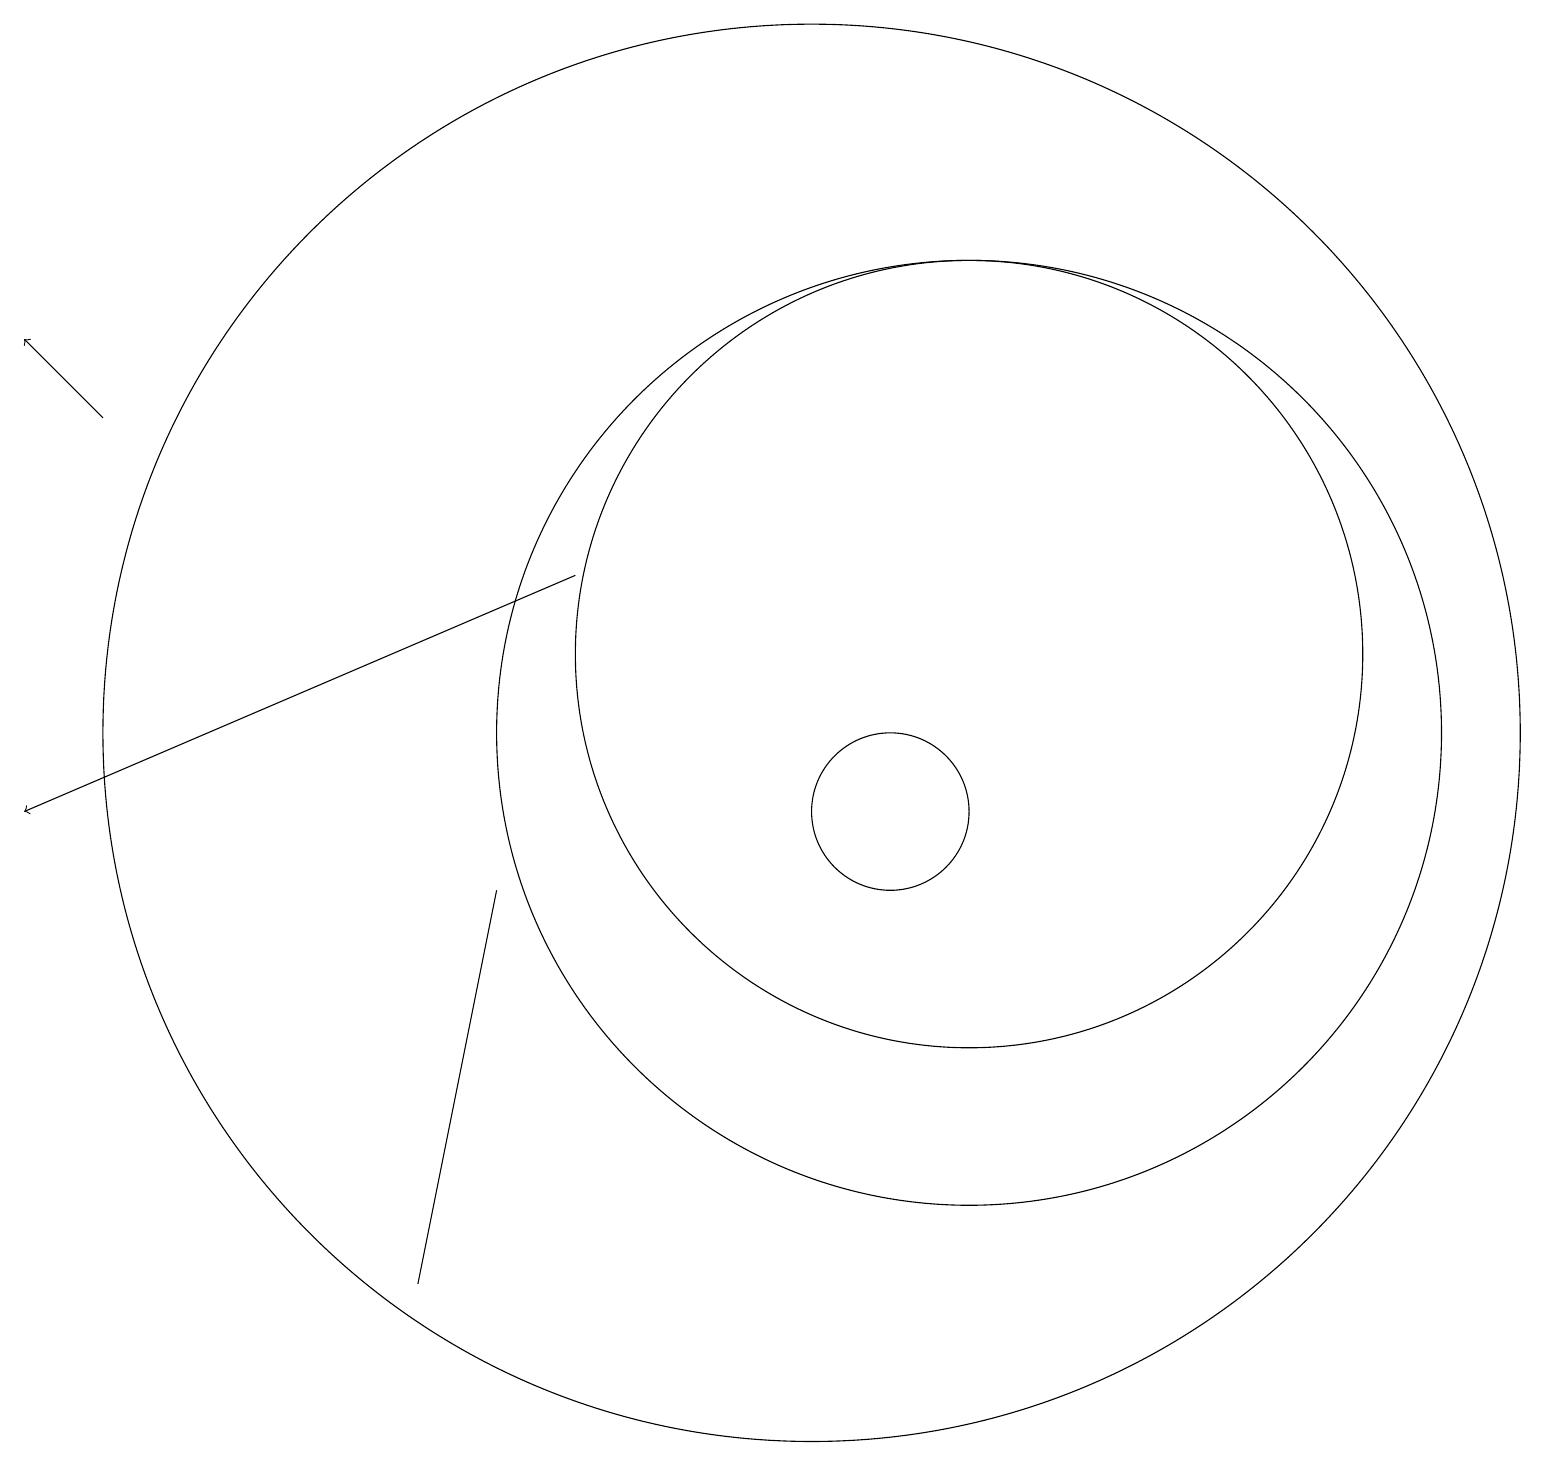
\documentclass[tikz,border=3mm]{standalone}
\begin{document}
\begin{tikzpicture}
\draw (12,11) circle (6);
\draw[->] (1,15) -- (0,16);
\draw[->] (7,13) -- (0,10);
\draw (10,11) circle (9);
\draw (6,9) -- (5,4) -- (5,4) -- cycle;
\draw (12,12) circle (5);
\draw (11,10) circle (1);
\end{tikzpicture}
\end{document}